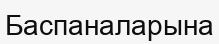
Баспаналарына